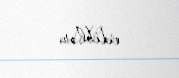
ediblər.